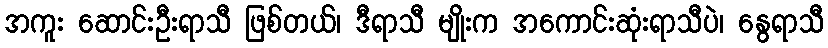
အကူး ဆောင်းဦးရာသီ ဖြစ်တယ်၊ ဒီရာသီ မျိုးက အကောင်းဆုံးရာသီပဲ၊ နွေရာသီ